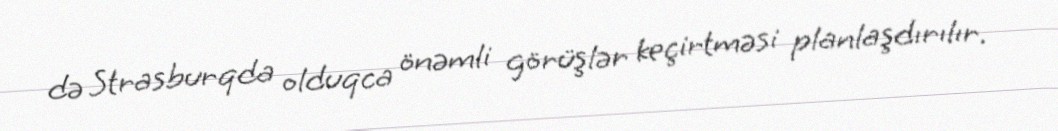
də Strasburqda olduqca önəmli görüşlər keçirtməsi planlaşdırılır.